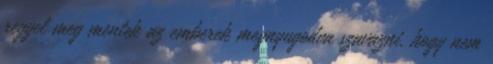
reggel meg mentek az emberek megnyugodva szavazni, hogy nem